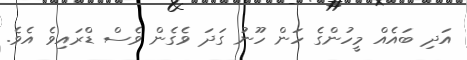
އަދި ބައެއް މީހުންގެ ހަން ހޫނު ގަދަ ވެގެން ވެސް ޑްރައިވެ އެވެ.